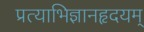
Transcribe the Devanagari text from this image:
प्रत्याभिज्ञानहृदयम्